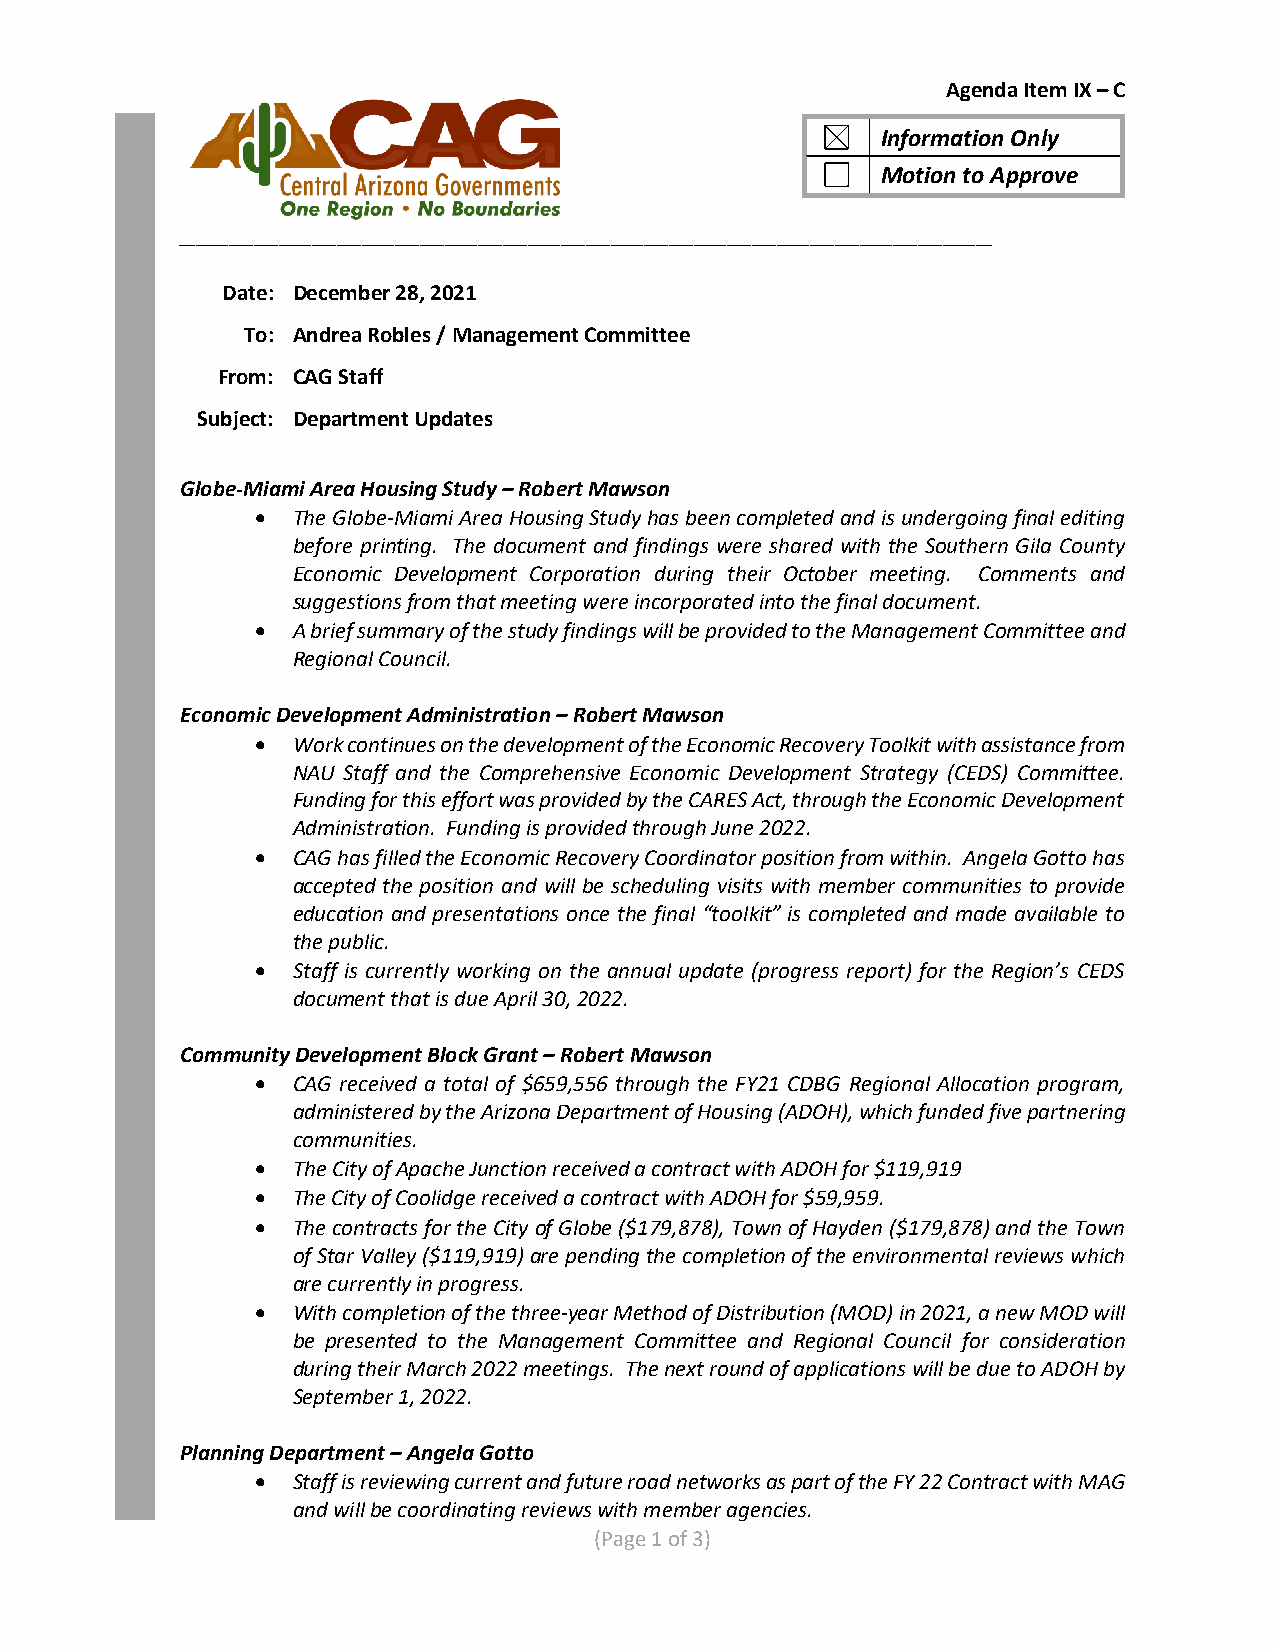
Agenda Item IX – C
 Information Only
 Motion to Approve
 __________________________________________________________________________________________________
 Date: December 28, 2021
 To: Andrea Robles / Management Committee
 From: CAG Staff
 Subject: Department Updates
 Globe-Miami Area Housing Study – Robert Mawson
 • The Globe-Miami Area Housing Study has been completed and is undergoing final editing
 before printing. The document and findings were shared with the Southern Gila County
 Economic Development Corporation during their October meeting. Comments and
 suggestions from that meeting were incorporated into the final document.
 • A brief summary of the study findings will be provided to the Management Committee and
 Regional Council.
 Economic Development Administration – Robert Mawson
 • Work continues on the development of the Economic Recovery Toolkit with assistance from
 NAU Staff and the Comprehensive Economic Development Strategy (CEDS) Committee.
 Funding for this effort was provided by the CARES Act, through the Economic Development
 Administration. Funding is provided through June 2022.
 • CAG has filled the Economic Recovery Coordinator position from within. Angela Gotto has
 accepted the position and will be scheduling visits with member communities to provide
 education and presentations once the final “toolkit” is completed and made available to
 the public.
 • Staff is currently working on the annual update (progress report) for the Region’s CEDS
 document that is due April 30, 2022.
 Community Development Block Grant – Robert Mawson
 • CAG received a total of $659,556 through the FY21 CDBG Regional Allocation program,
 administered by the Arizona Department of Housing (ADOH), which funded five partnering
 communities.
 • The City of Apache Junction received a contract with ADOH for $119,919
 • The City of Coolidge received a contract with ADOH for $59,959.
 • The contracts for the City of Globe ($179,878), Town of Hayden ($179,878) and the Town
 of Star Valley ($119,919) are pending the completion of the environmental reviews which
 are currently in progress.
 • With completion of the three-year Method of Distribution (MOD) in 2021, a new MOD will
 be presented to the Management Committee and Regional Council for consideration
 during their March 2022 meetings. The next round of applications will be due to ADOH by
 September 1, 2022.
 Planning Department – Angela Gotto
 • Staff is reviewing current and future road networks as part of the FY 22 Contract with MAG
 and will be coordinating reviews with member agencies.
 (Page 1 of 3)